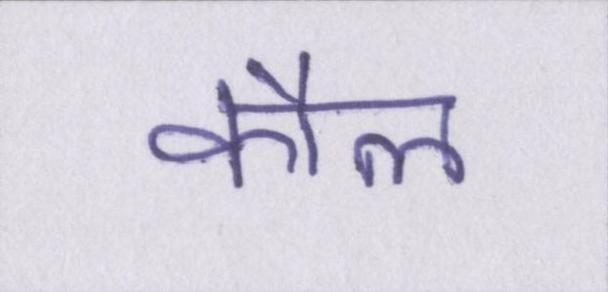
कौल